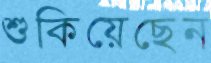
শুকিয়েছেন